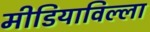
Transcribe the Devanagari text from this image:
मीडियाविल्ला